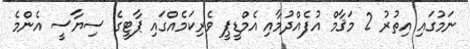
ނަމުގައި އިތުރު 2 މަޤާމް އުފެއްދުމާއި އެމްޑީޕީ ވެރިކަމެއްގައި ޕާޓީގެ ސިޔާސީ އެންމެ